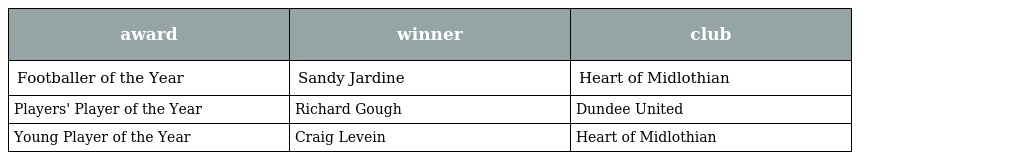
| award | winner | club |
 | --- | --- | --- |
 | Footballer of the Year | Sandy Jardine | Heart of Midlothian |
 | Players' Player of the Year | Richard Gough | Dundee United |
 | Young Player of the Year | Craig Levein | Heart of Midlothian |